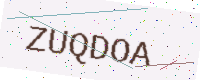
Text: ZUQDOA